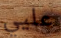
عليي